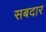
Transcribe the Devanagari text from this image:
सबदार